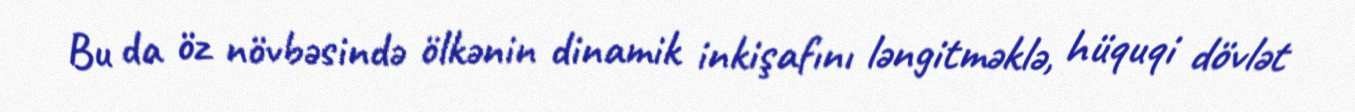
Bu da öz növbəsində ölkənin dinamik inkişafını ləngitməklə, hüquqi dövlət